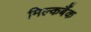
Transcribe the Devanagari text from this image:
मिल्कबैंक